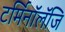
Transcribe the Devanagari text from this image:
टर्मिनॉलॅजि